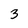
Character: 3